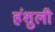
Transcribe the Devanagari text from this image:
हंशुली